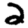
Digit: 2